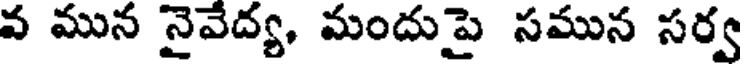
వ మున నైవేద్య, మందుపై సమున సర్వ